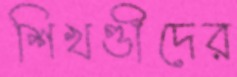
শিখণ্ডীদের